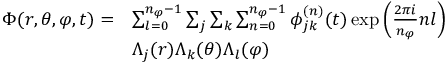
\begin{array} { r l } { \Phi ( r , \theta , \varphi , t ) = } & { \sum _ { l = 0 } ^ { n _ { \varphi } - 1 } \sum _ { j } \sum _ { k } \sum _ { n = 0 } ^ { n _ { \varphi } - 1 } \phi _ { j k } ^ { ( n ) } ( t ) \exp { \left( \frac { 2 \pi i } { n _ { \varphi } } n l \right) } } \\ & { \Lambda _ { j } ( r ) \Lambda _ { k } ( \theta ) \Lambda _ { l } ( \varphi ) } \end{array}